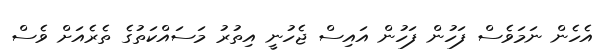
އެހެން ނަމަވެސް ފަހުން ފަހުން އައިސް ޖެހުނީ އިތުރު މަސައްކަތުގެ ތެރެއަށް ވެސް